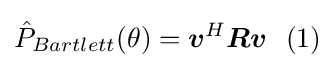
{\hat {P}}_{Bartlett}(\theta )={\boldsymbol {v}}^{H}{\boldsymbol {R}}{\boldsymbol {v}}\ \ (1)